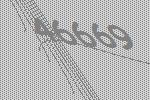
46669